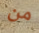
من